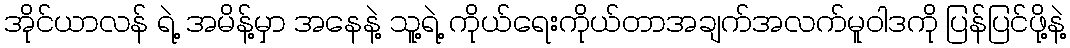
အိုင်ယာလန် ရဲ့ အမိန့်မှာ အနေနဲ့ သူ့ရဲ့ ကိုယ်ရေးကိုယ်တာအချက်အလက်မူဝါဒကို ပြန်ပြင်ဖို့နဲ့